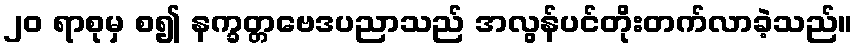
၂၀ ရာစုမှ စ၍ နက္ခတ္တဗေဒပညာသည် အလွန်ပင်တိုးတက်လာခဲ့သည်။